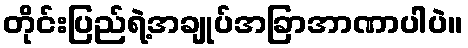
တိုင်းပြည်ရဲ့အချုပ်အခြာအာဏာပါပဲ။